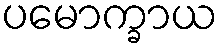
ပမောက္ခာယ